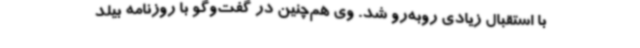
با استقبال زیادی روبه‌رو شد. وی هم‌چنین در گفت‌وگو با روزنامه بیلد